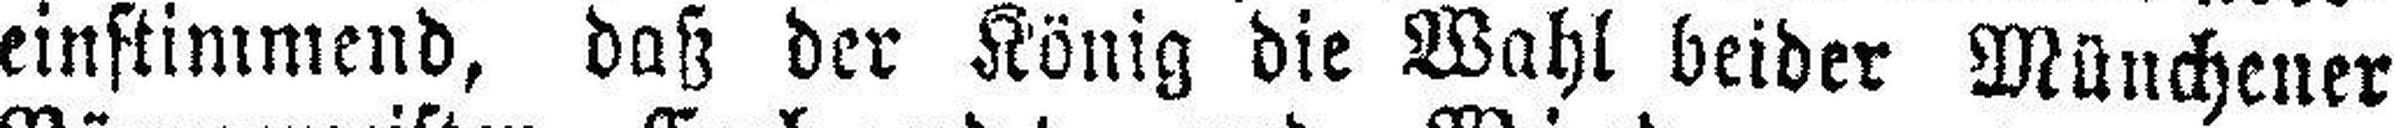
einstimmend, daß der König die Wahl beider Münchener